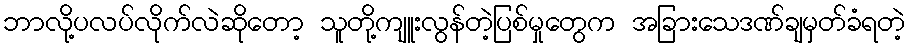
ဘာလို့ပလပ်လိုက်လဲဆိုတော့ သူတို့ကျူးလွန်တဲ့ပြစ်မှုတွေက အခြားသေဒဏ်ချမှတ်ခံရတဲ့